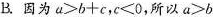
B.因为$$a > b + c$$，$$c ＜ 0$$，所以$$a > b$$